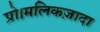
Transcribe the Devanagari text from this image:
प्रो।मलिकज़ादा